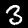
Label: 3